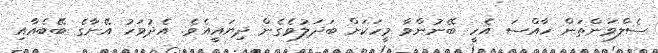
ސެލްވަންތަން ހާއްސަ އެހީ ބޭނުންވާ މީހަކަށް ބަދަލުވެގެން ދިޔައީއެވެ. އެދުވަހު އޭނާގެ ބޭބެއާއި